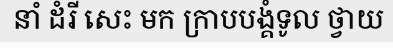
នាំ ដំរី សេះ មក ក្រាបបង្គំទូល ថ្វាយ